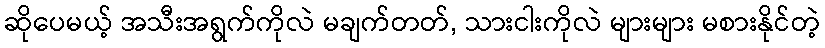
ဆိုပေမယ့် အသီးအရွက်ကိုလဲ မချက်တတ်, သားငါးကိုလဲ များများ မစားနိုင်တဲ့